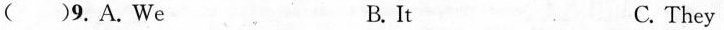
( )9. A. We B. It C. They